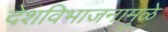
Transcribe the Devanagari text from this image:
देशविभाजनामुळे